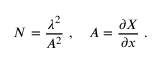
N = \frac { \lambda ^ { 2 } } { A ^ { 2 } } \ , \ \ \ A = \frac { \partial X } { \partial x } \ .